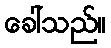
ခေါ်သည်။